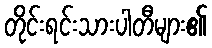
တိုင်းရင်းသားပါတီများ၏